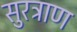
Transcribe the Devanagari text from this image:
सुरत्राण